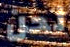
نحن